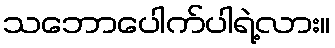
သဘောပေါက်ပါရဲ့လား။